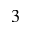
_ { 3 }